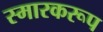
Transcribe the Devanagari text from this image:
स्मारकरूप